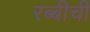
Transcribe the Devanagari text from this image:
रब्बीची